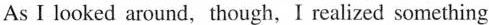
As I looked around, though.I ralized something